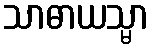
သာဓာယသ္မာ